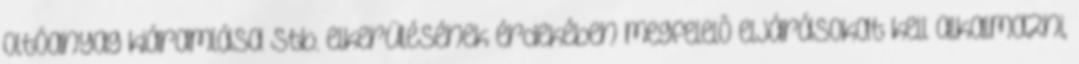
oltóanyag kiáramlása stb. elkerülésének érdekében megfelelõ eljárásokat kell alkalmazni,